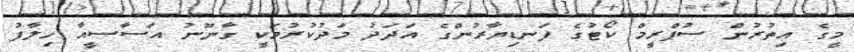
މީގެ އިތުރުން ސުޕްރީމް ކޯޓުގެ ފަނޑިޔާރުންގެ އަދަދު މަދުކުރުމަކީ ގާނޫނު އަސާސީއާ ހިލާފު